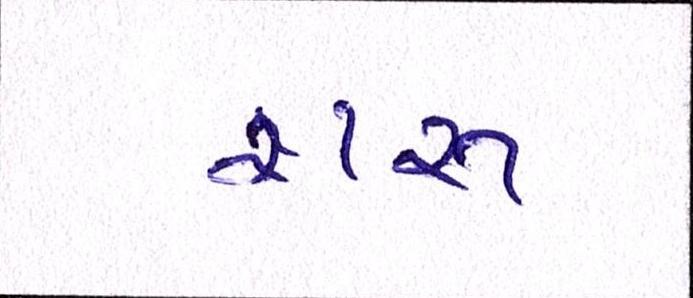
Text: શરૂ